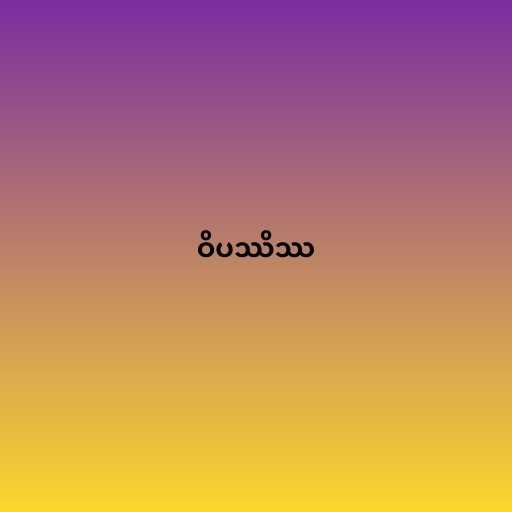
ဝိပဿိဿ